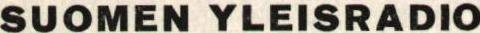
SUOMEN YLEISRADIO